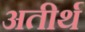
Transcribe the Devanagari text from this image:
अतीर्थ